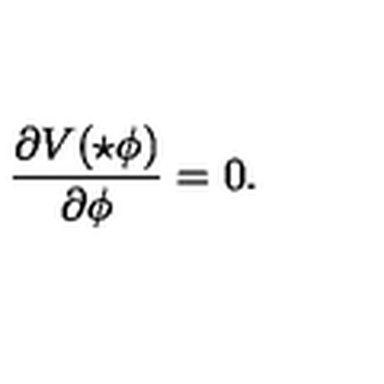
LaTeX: \frac { \partial V ( \star \phi ) } { \partial \phi } = 0 .